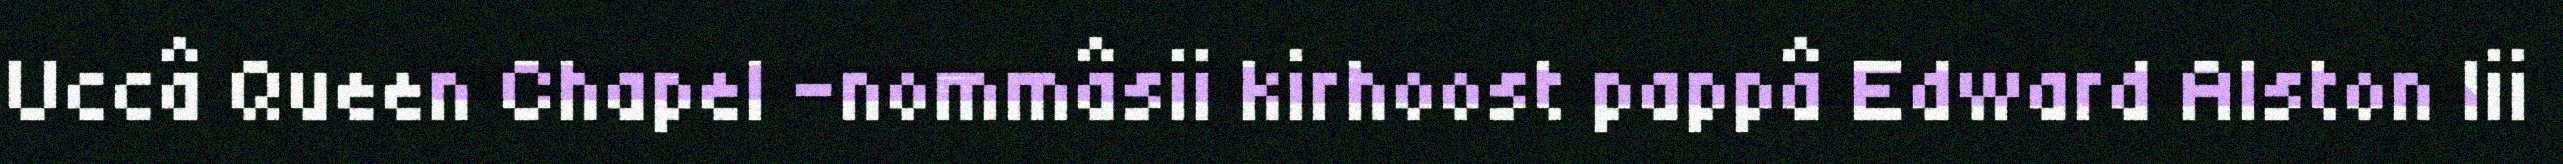
Uccâ Queen Chapel -nommâsii kirhoost pappâ Edward Alston lii